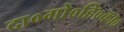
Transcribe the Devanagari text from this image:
दा०गो०हि०का०